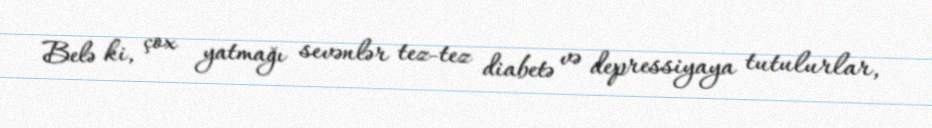
Belə ki, çox yatmağı sevənlər tez-tez diabetə və depressiyaya tutulurlar,